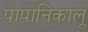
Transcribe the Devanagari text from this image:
पापानिकालू